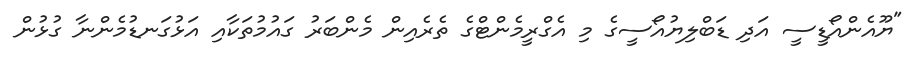
"ޔޫއެންއޯޑީސީ އަދި ޑަބްލިޔުއޯސީގެ މި އެގްރީމެންޓްގެ ތެރެއިން މެންބަރު ގައުމުތަކާއި އަޅުގަނޑުމެންނާ ގުޅުން